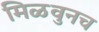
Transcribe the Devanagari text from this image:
मिळवुनच